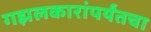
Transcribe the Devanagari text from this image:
गझलकारांपर्यंतचा